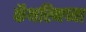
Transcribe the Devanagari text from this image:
कॅथरिनच्या